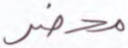
محضر